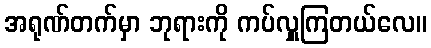
အရုဏ်တက်မှာ ဘုရားကို ကပ်လှူကြတယ်လေ။